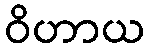
ဝိဟာယ